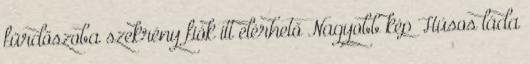
fürdőszoba szekrény fiók itt elérhető Nagyobb kép Húsos láda